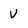
Character: V